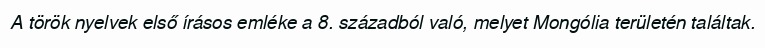
A török nyelvek első írásos emléke a 8. századból való, melyet Mongólia területén találtak.